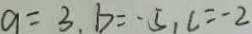
a = 3 , b = - 5 , c = - 2